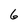
Character: 6